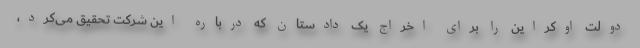
دولت اوکراین را برای اخراج یک دادستان که درباره این شرکت تحقیق می‌کرد،